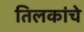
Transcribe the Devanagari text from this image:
तिलकांचे